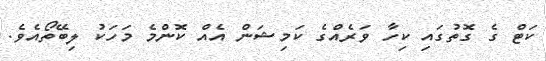
ކަޓް ގެ ގޮތުގައި ކިހާ ވަރެއްގެ ކަމިޝަން އެއް ކޮންމެ މަހަކު ލިބޭތޯއެވެ.